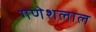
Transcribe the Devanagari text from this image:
गणेशलाल